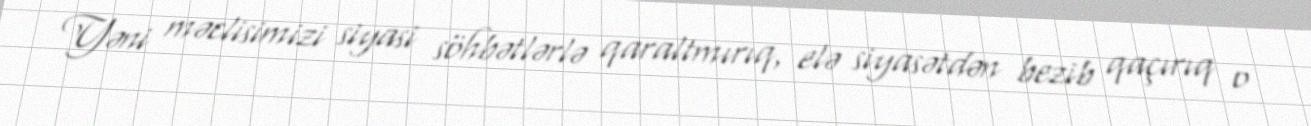
Yəni məclisimizi siyasi söhbətlərlə qaraltmırıq, elə siyasətdən bezib qaçırıq o